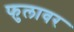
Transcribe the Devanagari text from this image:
फुलावर